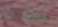
مخطوبان